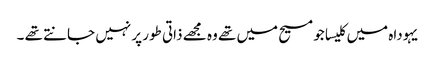
یہوداہ میں کلیسا جو مسیح میں تھے وہ مجھے ذاتی طور پر نہیں جانتے تھے ۔